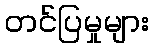
တင်ပြမှုများ